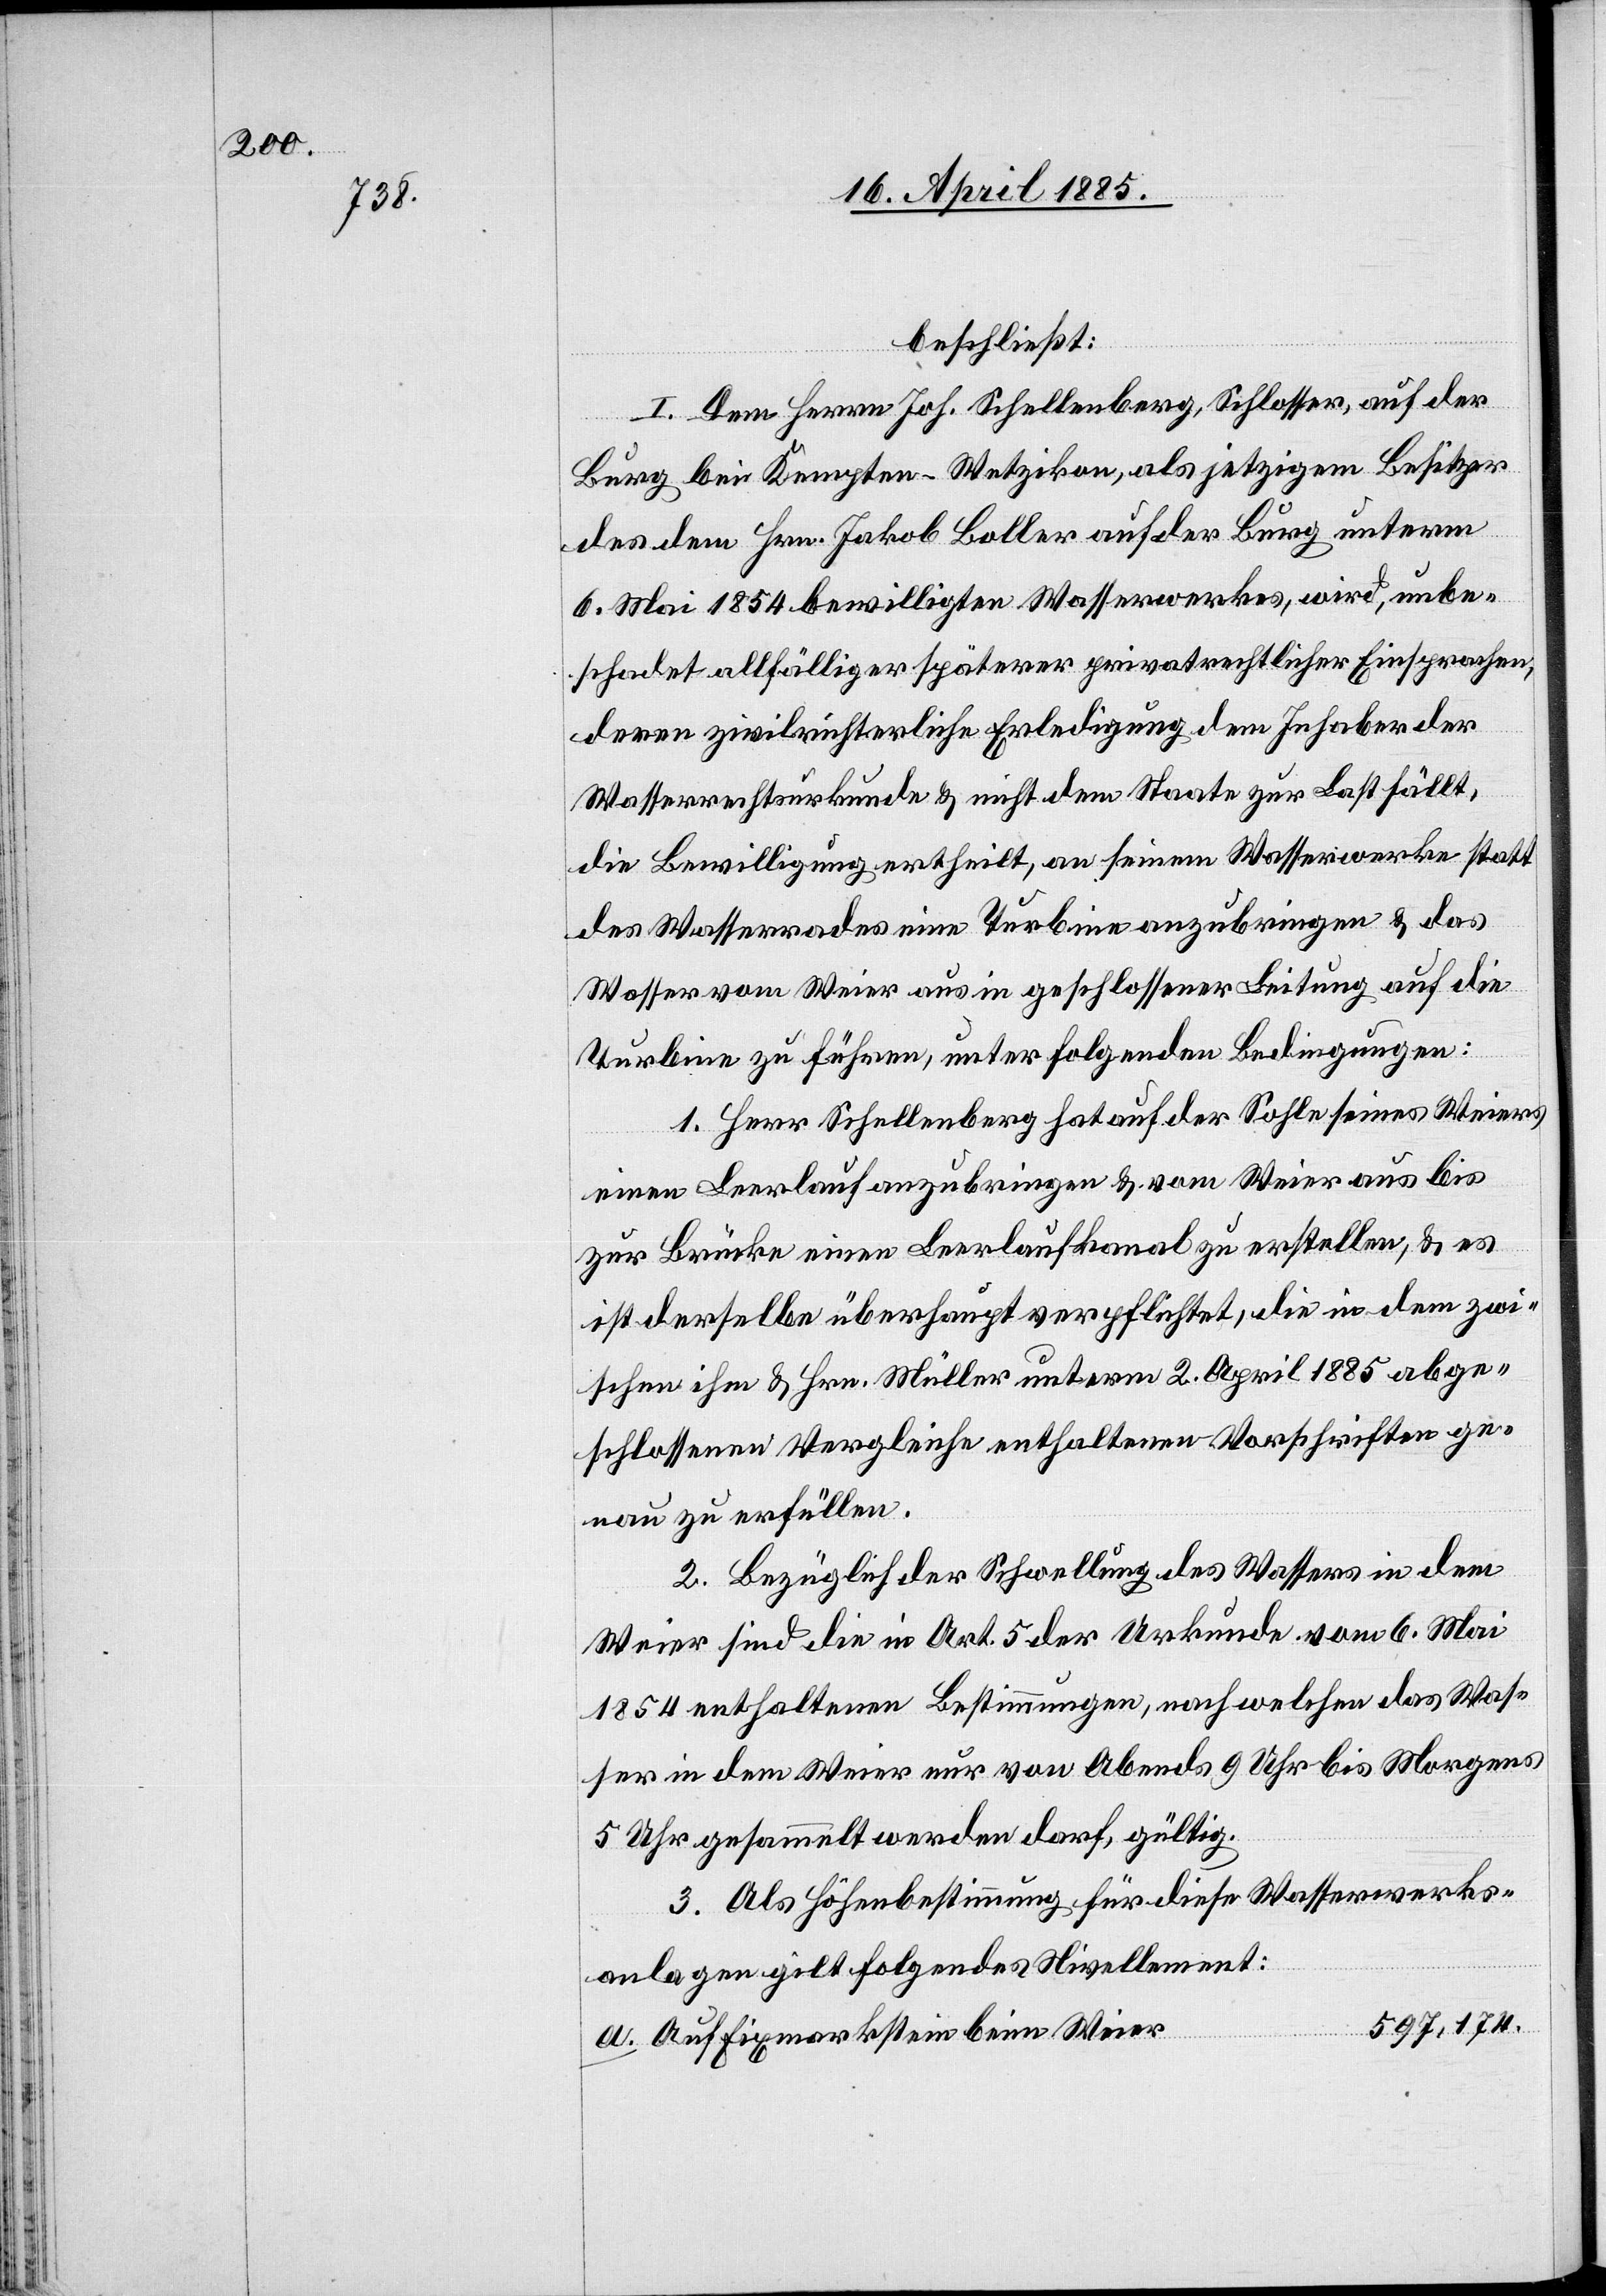
beschließt:
I. Dem Herrn Joh. Schellenberg, Schlosser, auf der
Burg bei Kempten - Wetzikon, als jetzigem Besitzer
a.
des dem Hrn. Jakob Boller auf der Burg unterm
6. Mai 1854 bewilligten Wasserwerkes, wird, unbe¬
schadet allfälliger späterer privatrechtlicher Einsprachen,
derer zivilrichterliche Erledigung dem Inhaber der
Wasserrechtsurkunde & nicht dem Staate zur Last fällt,
die Bewilligung ertheilt, an seinem Wasserwerke statt
des Wasserrades eine Turbine anzubringen & das
Wasser vom Weier aus in geschlossener Leitung auf die
Turbine zu führen, unter folgenden Bedingungen:
1. Herr Schellenberg hat auf der Sohle seines Weiers
einen Leerlauf anzubringen & vom Weier aus bis
zur Brücke einen Leerlaufkanal zu erstellen, & es
ist derselbe überhaupt verpflichtet, die in dem zwi¬
schen ihm & Hrn. Müller unterm 2. April 1885 ange¬
schlossenen Vergleiche enthaltenen Vorschriften ge¬
nau zu erfüllen.
2. Bezüglich der Schwellung des Wassers in dem
Weier sind die in Art. 5 der Urkunde vom 6. Mai
1854 enthaltenen Bestimmungen, nach welchen das Was¬
ser in dem Weier nur von Abends 9 Uhr bis Morgens
5 Uhr gesammelt werden darf, gültig.
3. Als Höhenbestimmung für diese Wasserwerks¬
anlage gilt folgendes Nivellement:
597,174.
Auf Fixmarkstein beim Weier